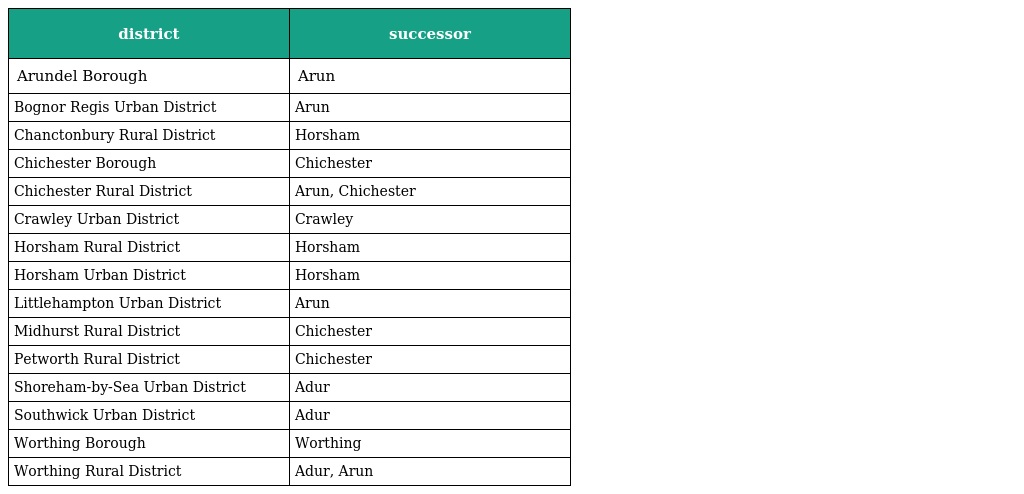
| district | successor |
 | --- | --- |
 | Arundel Borough | Arun |
 | Bognor Regis Urban District | Arun |
 | Chanctonbury Rural District | Horsham |
 | Chichester Borough | Chichester |
 | Chichester Rural District | Arun, Chichester |
 | Crawley Urban District | Crawley |
 | Horsham Rural District | Horsham |
 | Horsham Urban District | Horsham |
 | Littlehampton Urban District | Arun |
 | Midhurst Rural District | Chichester |
 | Petworth Rural District | Chichester |
 | Shoreham-by-Sea Urban District | Adur |
 | Southwick Urban District | Adur |
 | Worthing Borough | Worthing |
 | Worthing Rural District | Adur, Arun |